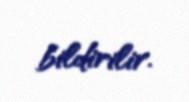
bildirilir.